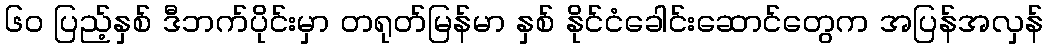
၆၀ ပြည့်နှစ် ဒီဘက်ပိုင်းမှာ တရုတ်မြန်မာ နှစ် နိုင်ငံခေါင်းဆောင်တွေက အပြန်အလှန်